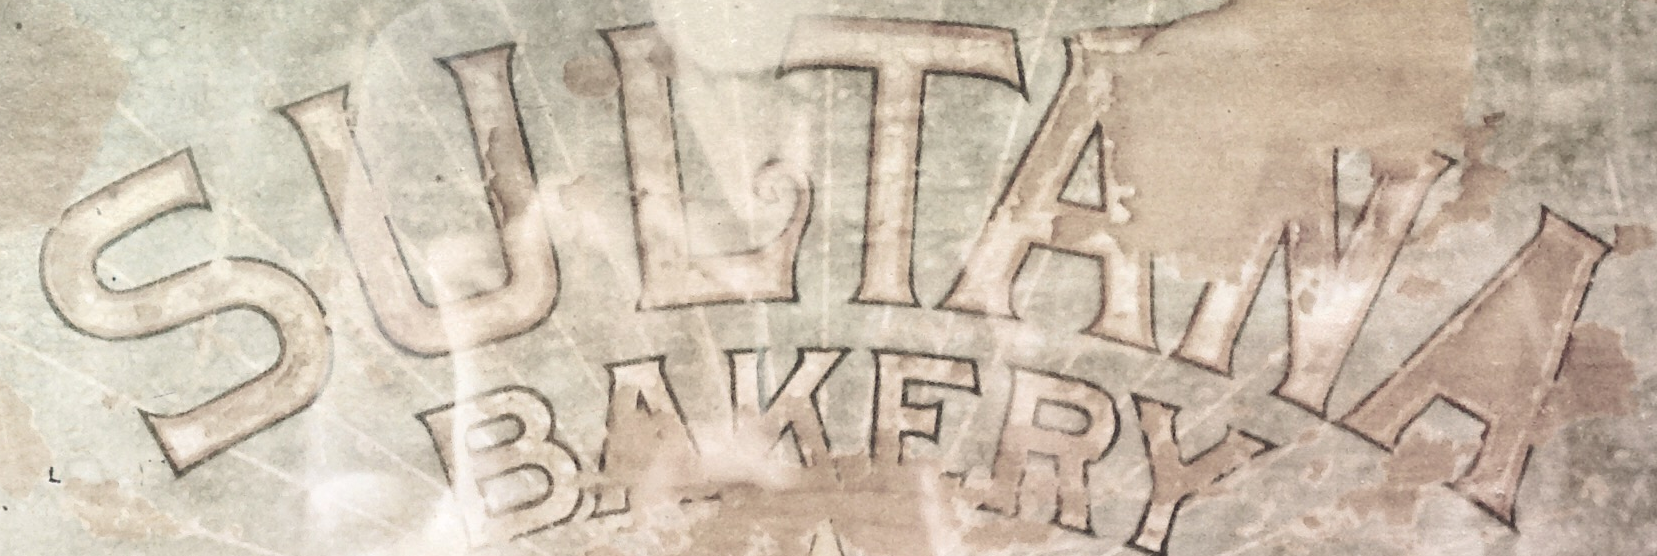
SULTANA